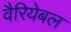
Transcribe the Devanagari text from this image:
वैरियेबल